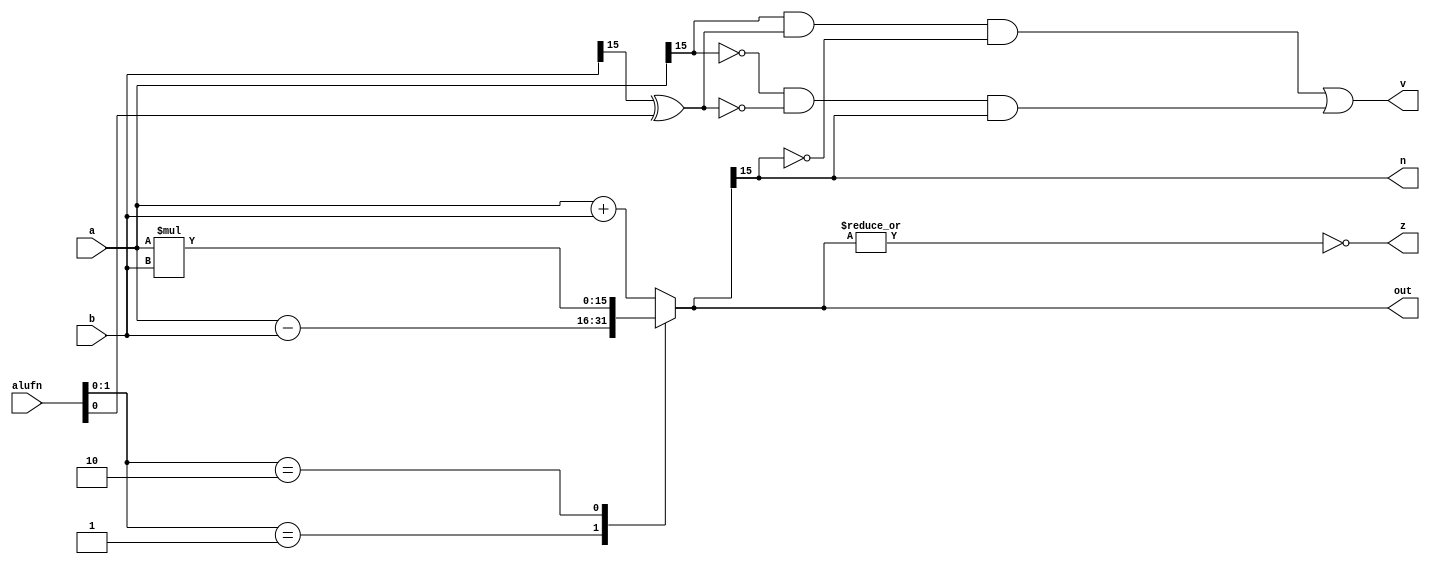
/*
   This file was generated automatically by Alchitry Labs version 1.1.5.
   Do not edit this file directly. Instead edit the original Lucid source.
   This is a temporary file and any changes made to it will be destroyed.
*/

module hex_add_24 (
    input [15:0] a,
    input [15:0] b,
    input [5:0] alufn,
    output reg [15:0] out,
    output reg z,
    output reg v,
    output reg n
  );
  
  
  
  reg [15:0] sum;
  
  always @* begin
    
    case (alufn[0+1-:2])
      2'h0: begin
        sum = a + b;
      end
      2'h1: begin
        sum = a - b;
      end
      2'h2: begin
        sum = a * b;
      end
      default: begin
        sum = a + b;
      end
    endcase
    z = (~|sum);
    v = (a[15+0-:1] & (b[15+0-:1] ^ alufn[0+0-:1]) & (~sum[15+0-:1])) | ((~a[15+0-:1]) & (~(b[15+0-:1] ^ alufn[0+0-:1])) & sum[15+0-:1]);
    n = sum[15+0-:1];
    out = sum;
  end
endmodule